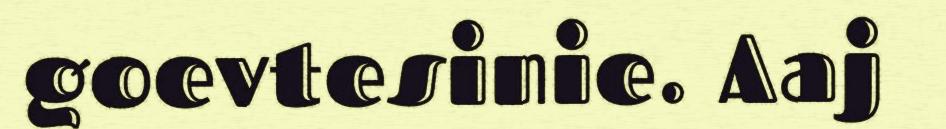
goevtesinie. Aaj